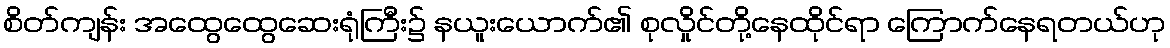
စိတ်ကျန်း အထွေထွေဆေးရုံကြီး၌ နယူးယောက်၏ စုလှိုင်တို့နေထိုင်ရာ ကြောက်နေရတယ်ဟု